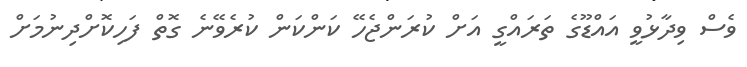
ވެސް ވިދާޅުވީ އައްޑޫގެ ތަރައްގީ އަށް ކުރަންޖެހޭ ކަންކަން ކުރެވޭނެ ގޮތް ފަހިކޮށްދިނުމަށް